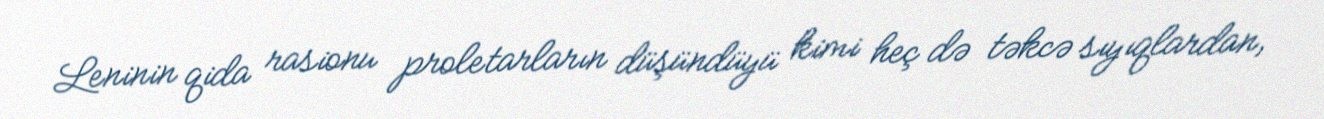
Leninin qida rasionu proletarların düşündüyü kimi heç də təkcə sıyıqlardan,